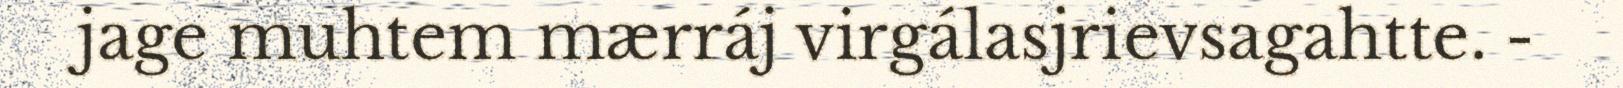
jage muhtem mærráj virgálasjrievsagahtte. -